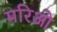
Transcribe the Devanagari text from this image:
मरिओ